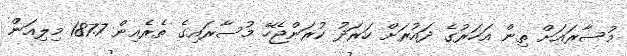
މުސާރައަށް ތިން އަހަރުގެ ދައުރަށް ހަރަދު ކުރަންޖެހޭ މުސާރައިގެ ތެރެއިން 187.7 މިލިއަން